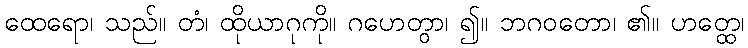
ထေရော၊ သည်။ တံ၊ ထိုယာဂုကို။ ဂဟေတွာ၊ ၍။ ဘဂဝတော၊ ၏။ ဟတ္ထေ၊